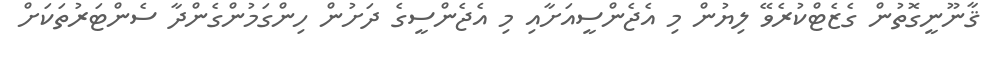
ޤާނޫނީގޮތުން ގެޒެޓްކުރެވޭ ލިޔުން މި އެޖެންސީއަށާއި މި އެޖެންސީގެ ދަށުން ހިންގަމުންގެންދާ ސެންޓަރުތަކަށް